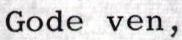
Gode ven,